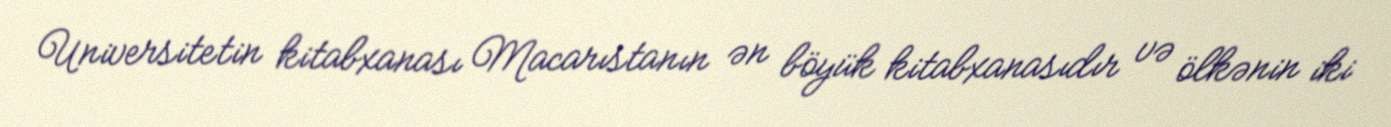
Universitetin kitabxanası Macarıstanın ən böyük kitabxanasıdır və ölkənin iki